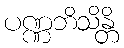
ပဏ္ဏဘိသိန္တိ